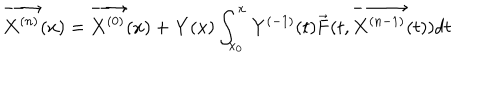
\overrightarrow { { \bf X } ^ { ( n ) } } ( x ) = \overrightarrow { { \bf X } ^ { ( 0 ) } } ( x ) + { \bf Y } ( x ) \int _ { x _ { 0 } } ^ { x } { \bf Y } ^ { ( - 1 ) } ( t ) \overrightarrow { { \bf F } } ( t , \overrightarrow { { \bf X } ^ { ( n - 1 ) } } ( t ) ) d t